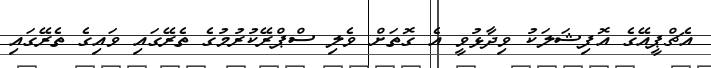
އެޗްޕީއޭގެ އޮފިޝަލަކު ވިދާޅުވީ އެ ގޮތަށް ވެލި ސްޕްރޭކުރުމުގެ ތެރޭގައި ވައިގެ ތެރޭގައި